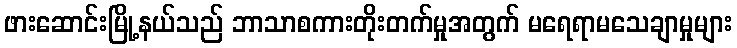
ဖားဆောင်းမြို့နယ်သည် ဘာသာစကားတိုးတက်မှုအတွက် မရေရာမသေချာမှုများ